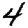
Digit: 4